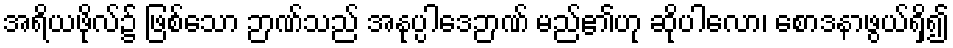
အရိယဖိုလ်၌ ဖြစ်သော ဉာဏ်သည် အနုပ္ပါဒေဉာဏ် မည်၏ဟု ဆိုပါလော၊ စောဒနာဖွယ်ရှိ၍